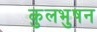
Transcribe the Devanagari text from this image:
कुलभुषन